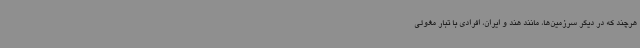
هرچند که در دیگر سرزمین‌ها، مانند هند و ایران، افرادی با تبار مغولی